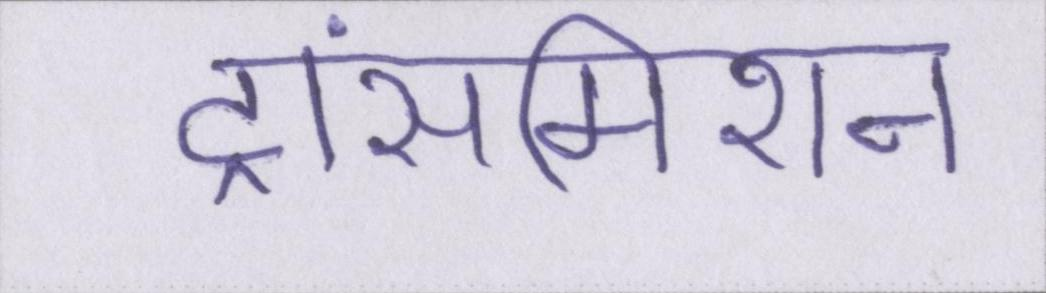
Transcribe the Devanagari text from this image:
ट्रांसमिशन